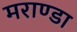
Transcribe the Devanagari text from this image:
मराण्डा